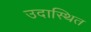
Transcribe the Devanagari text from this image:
उदास्थित